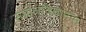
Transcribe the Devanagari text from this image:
समाजविज्ञानात